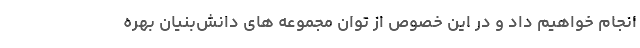
انجام خواهیم داد و در این خصوص از توان مجموعه های دانش‌بنیان بهره